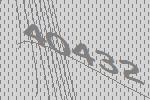
40432